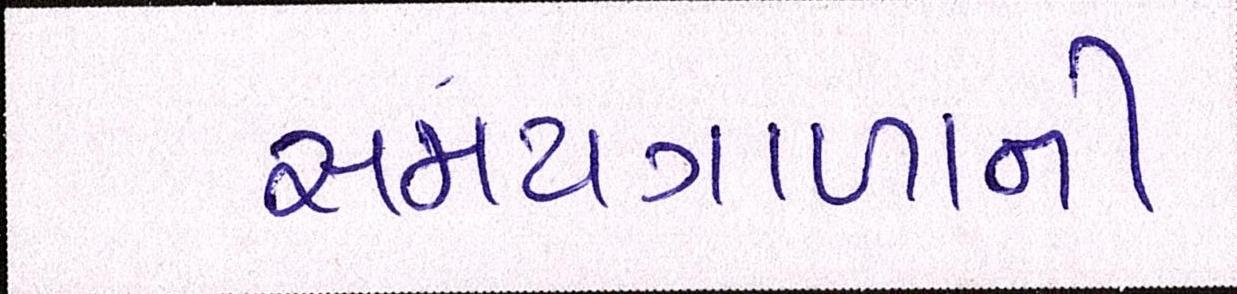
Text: સમયગાળાની